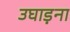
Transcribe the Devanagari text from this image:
उघाड़ना